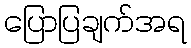
ပြောပြချက်အရ